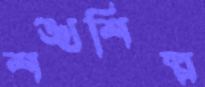
শঙ্খশিল্প